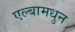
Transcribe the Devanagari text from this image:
एल्बामधुन